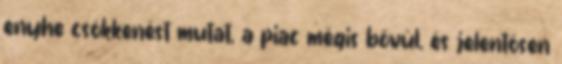
enyhe csökkenést mutat, a piac mégis bővül, és jelentősen